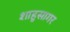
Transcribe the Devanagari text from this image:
शाहुसागर